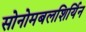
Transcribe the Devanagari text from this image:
सोनोमबलशिर्यिन